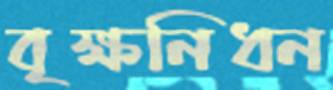
বৃক্ষনিধন